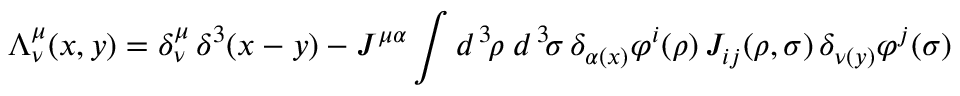
\Lambda _ { \nu } ^ { \mu } ( x , y ) = \delta _ { \nu } ^ { \mu } \, \delta ^ { 3 } ( x - y ) - J ^ { \mu \alpha } \int d ^ { \, 3 } \! \rho \; d ^ { \, 3 } \! \sigma \, \delta _ { \alpha ( x ) } \varphi ^ { i } ( \rho ) \, J _ { i j } ( \rho , \sigma ) \, \delta _ { \nu ( y ) } \varphi ^ { j } ( \sigma )